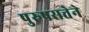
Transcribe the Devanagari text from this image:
पुरुषसत्तेने